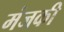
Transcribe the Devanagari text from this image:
मंजकी